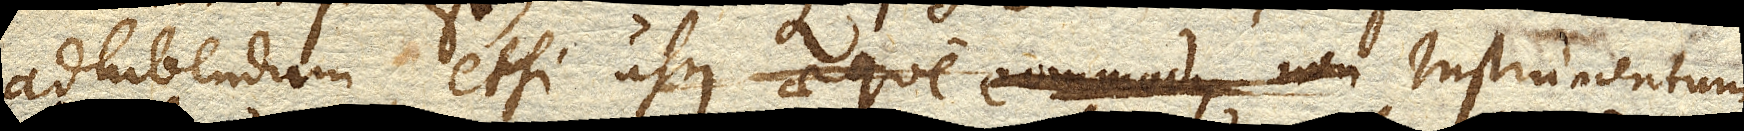
adhibendum, etsi usus aeque commodus non Instrumentum